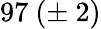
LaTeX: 97\ (\pm\ 2)